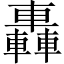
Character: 轟